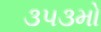
૩૫૩મો